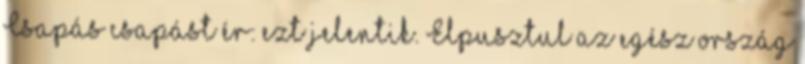
Csapás csapást ér: ezt jelentik. Elpusztul az egész ország